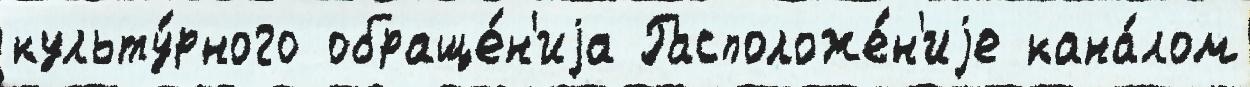
культу́рного обраще́н'иjа Расположе́н'иjе кана́лом